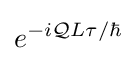
e^{-i{\mathcal {Q}}L\tau /\hbar }